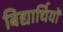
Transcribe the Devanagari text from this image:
बिद्यार्थियों